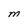
Character: M